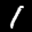
Label: 1